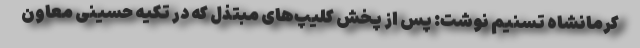
کرمانشاه تسنیم نوشت: پس از پخش کلیپ‌های مبتذل که در تکیه حسینی معاون